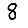
Digit: 8